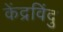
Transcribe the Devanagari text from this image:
केंद्रविंदु